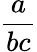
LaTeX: \frac{a}{bc}